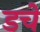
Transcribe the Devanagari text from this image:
डचे